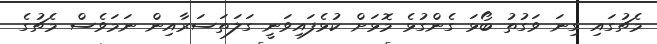
މެޗުގައި ގިނަ ވަގުތު ބޯޅަ ގެންގުޅެ މޮޅަށް ކުޅެފައިވަނީ ގަލަތަސަރާއިން ނަމަވެސް މެޗުގެ